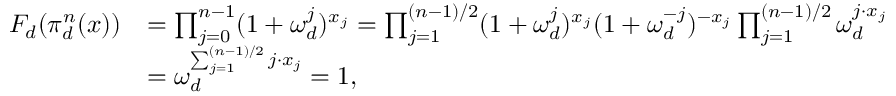
\begin{array} { r l } { F _ { d } ( \pi _ { d } ^ { n } ( x ) ) } & { = \prod _ { j = 0 } ^ { n - 1 } ( 1 + \omega _ { d } ^ { j } ) ^ { x _ { j } } = \prod _ { j = 1 } ^ { ( n - 1 ) / 2 } ( 1 + \omega _ { d } ^ { j } ) ^ { x _ { j } } ( 1 + \omega _ { d } ^ { - j } ) ^ { - x _ { j } } \prod _ { j = 1 } ^ { ( n - 1 ) / 2 } \omega _ { d } ^ { j \cdot x _ { j } } } \\ & { = \omega _ { d } ^ { \sum _ { j = 1 } ^ { ( n - 1 ) / 2 } j \cdot x _ { j } } = 1 , } \end{array}